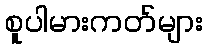
စူပါမားကတ်များ